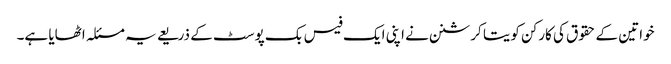
خواتین کے حقوق کی کارکن کویتا کرشنن نے اپنی ایک فیس بک پوسٹ کے ذریعے یہ مسئلہ اٹھایا ہے۔